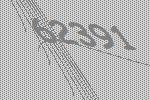
62391